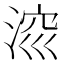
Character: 𣷁